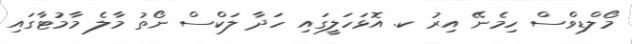
މޯލްޑިވްސް ހިމެނޭ އިރު ކ. އޮޅަހަލީގައި ހަދާ ލަކްސް ނޯތު މާލެ މާމުޓާގައި